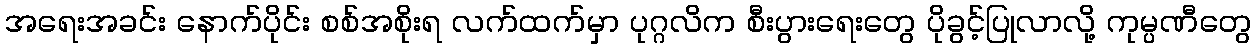
အရေးအခင်း နောက်ပိုင်း စစ်အစိုးရ လက်ထက်မှာ ပုဂ္ဂလိက စီးပွားရေးတွေ ပိုခွင့်ပြုလာလို့ ကုမ္ပဏီတွေ